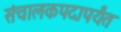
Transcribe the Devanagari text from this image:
संचालकपदापर्यंत